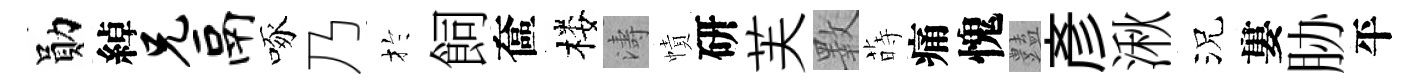
勛綽兄鬲啄乃扵飼奩楼濤幘研芙斁蒔痛愧𧰟彥湫況婁胁平